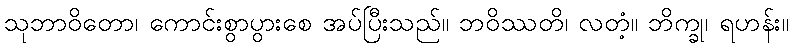
သုဘာဝိတော၊ ကောင်းစွာပွားစေ အပ်ပြီးသည်။ ဘဝိဿတိ၊ လတံ့။ ဘိက္ခု၊ ရဟန်း။